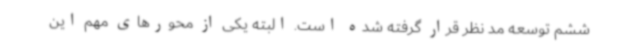
ششم توسعه مد نظر قرار گرفته شده است. البته یکی از محورهای مهم این